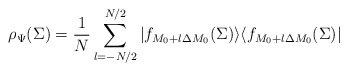
\begin{align*}\rho_\Psi(\Sigma)={1\over N}\sum^{N/2}_{l=-N/2}|f_{M_0+l\Delta M_0}(\Sigma)\rangle\langle f_{M_0+l\Delta M_0}(\Sigma)|\end{align*}